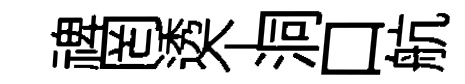
禆罔透个洞口航